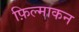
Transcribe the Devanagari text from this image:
फ़िल्माकन